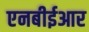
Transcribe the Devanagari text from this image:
एनबीईआर